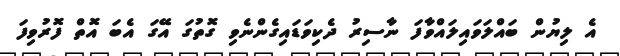
އެ ލިޔުން ބައްލަވައިލައްވާފަ ނާސިރު ދެކިވަޑައިގެންނެވި ގޮތުގަ އޭގަ އެބަ އޮތް ފޮރުވިފަ